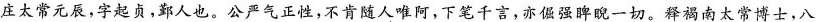
庄太常元辰，字起贞，郑人也。公严气正性，不肯随人唯阿，下笔千言，亦倔强睥睨一切。释褐南太常博士，八